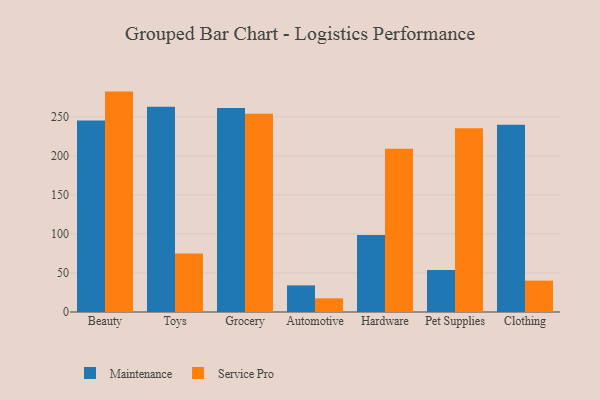
{"axis": {"x": "Category", "y": "Customer Acquisition Cost (USD)"}, "legend": ["Maintenance", "Service Pro"], "data": [{"x": "Beauty", "y": 245.3, "type": "Maintenance"}, {"x": "Beauty", "y": 282.4, "type": "Service Pro"}, {"x": "Toys", "y": 262.9, "type": "Maintenance"}, {"x": "Toys", "y": 74.9, "type": "Service Pro"}, {"x": "Grocery", "y": 261.5, "type": "Maintenance"}, {"x": "Grocery", "y": 254.1, "type": "Service Pro"}, {"x": "Automotive", "y": 34.1, "type": "Maintenance"}, {"x": "Automotive", "y": 17.5, "type": "Service Pro"}, {"x": "Hardware", "y": 98.7, "type": "Maintenance"}, {"x": "Hardware", "y": 209.3, "type": "Service Pro"}, {"x": "Pet Supplies", "y": 53.8, "type": "Maintenance"}, {"x": "Pet Supplies", "y": 235.4, "type": "Service Pro"}, {"x": "Clothing", "y": 239.8, "type": "Maintenance"}, {"x": "Clothing", "y": 40.2, "type": "Service Pro"}]}